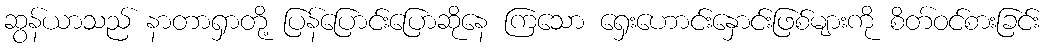
ဆွန်ယာသည် နာတာရှာတို့ ပြန်ပြောင်းပြောဆိုနေ ကြသော ရှေးဟောင်းနှောင်းဖြစ်များကို စိတ်ဝင်စားခြင်း